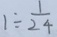
1 \div \frac { 1 } { 2 4 }